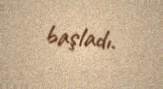
başladı.